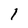
Character: 1